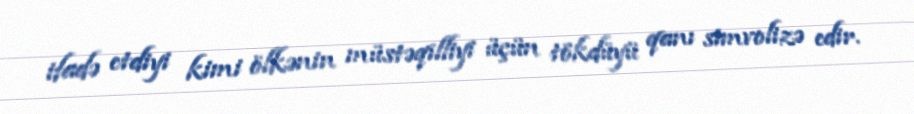
ifadə etdiyi kimi ölkənin müstəqilliyi üçün tökdüyü qanı simvolizə edir.